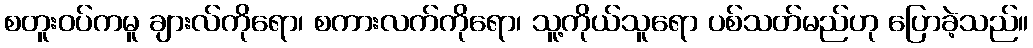
စတူးဝပ်ကမူ ချားလ်ကိုရော၊ စကားလက်ကိုရော၊ သူ့ကိုယ်သူရော ပစ်သတ်မည်ဟု ပြောခဲ့သည်။